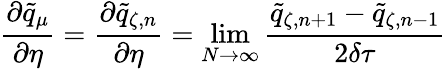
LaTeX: \frac{\partial\tilde{q}_{\mu}}{\partial\eta}=\frac{\partial\tilde{q}_{\zeta,n}}{\partial\eta}=\operatorname*{lim}_{N\to\infty}\frac{\tilde{q}_{\zeta,n+1}-\tilde{q}_{\zeta,n-1}}{2\delta\tau}